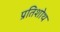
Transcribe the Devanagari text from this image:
प्रतिशोथ